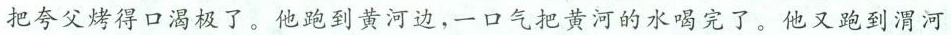
把夸父烤得口渴极了。他跑到黄河边，一口气把黄河的水喝完了。他又跑到渭河